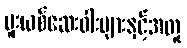
မူးယစ်ဆေးဝါးများနှင့်အတူ